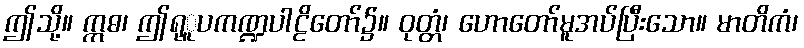
ဤသို့။ ဣဓ၊ ဤရုူပကဏ္ဍပါဠိတော်၌။ ဝုတ္တံ၊ ဟောတော်မူအပ်ပြီးသော။ မာတိကံ၊